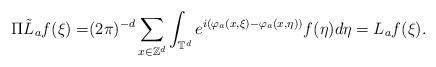
LaTeX: \begin{align*}\Pi \tilde L_a f(\xi)=& (2\pi)^{-d}\sum_{x\in\mathbb{Z}^d} \int_{\mathbb{T}^d} e^{i(\varphi_a(x,\xi)-\varphi_a(x,\eta))} f(\eta) d\eta = L_a f(\xi).\end{align*}